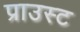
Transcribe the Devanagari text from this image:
प्राउस्ट